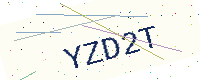
Text: YZD2T